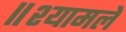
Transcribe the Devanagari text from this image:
॥श्यामले